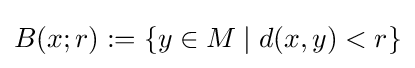
B(x;r):=\{y\in M\mid d(x,y)<r\}